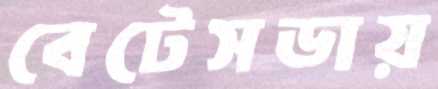
বেটেসডায়